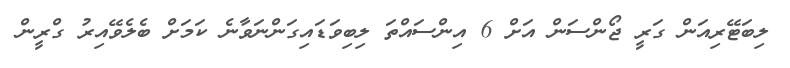
ލިބަޓޭރިއަން ގަރީ ޖޯންސަން އަށް 6 އިންސައްތަ ލިބިވަޑައިގަންނަވާނެ ކަމަށް ބެލެވޭއިރު ގްރީން